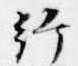
給